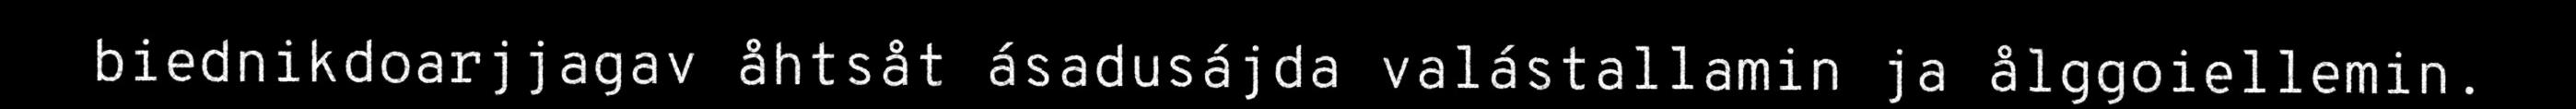
biednikdoarjjagav åhtsåt ásadusájda valástallamin ja ålggoiellemin.